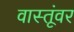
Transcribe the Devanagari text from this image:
वास्तूंवर